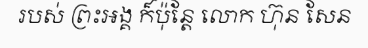
របស់ ព្រះអង្គ ក៏ប៉ុន្តែ លោក ហ៊ុន សែន